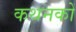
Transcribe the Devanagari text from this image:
कथनकों